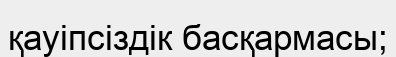
қауіпсіздік басқармасы;